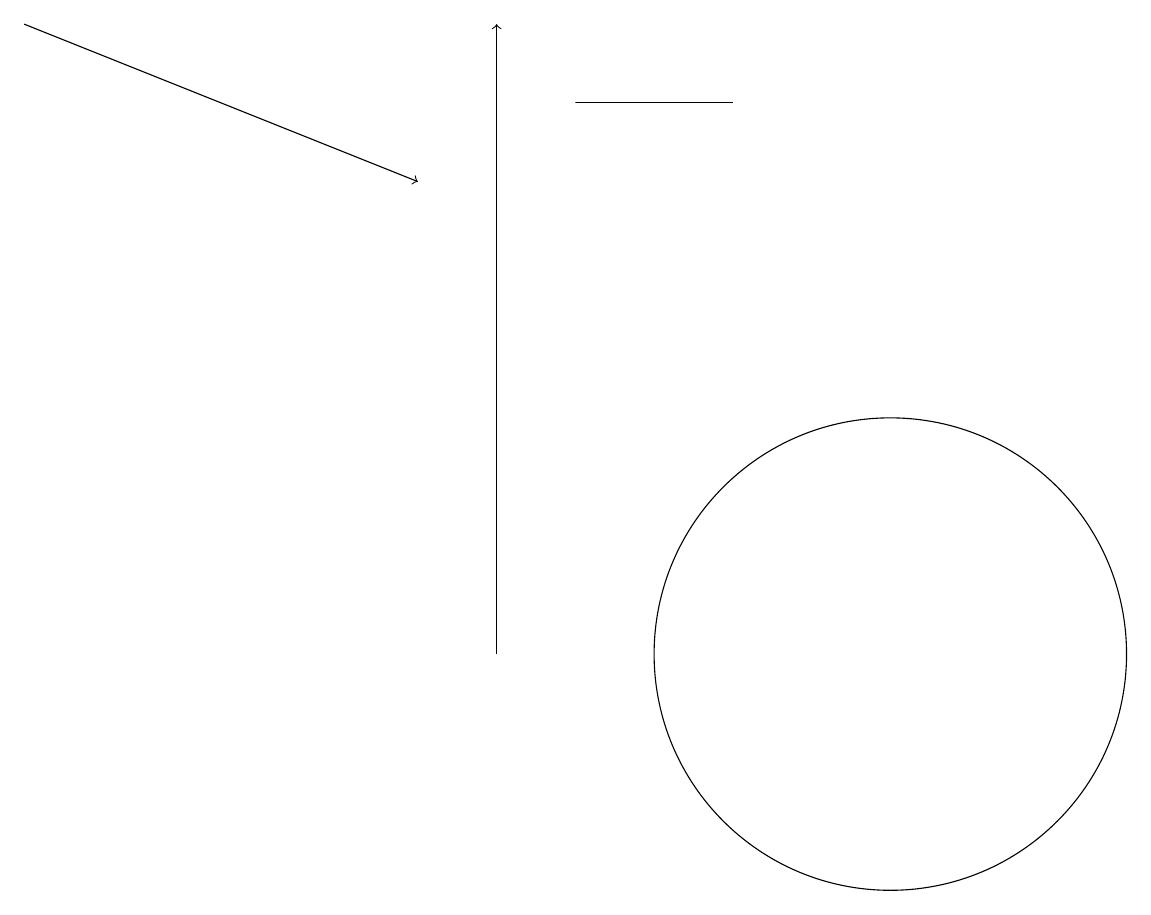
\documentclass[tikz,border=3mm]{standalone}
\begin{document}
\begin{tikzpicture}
\draw (11,11) circle (3);
\draw[->] (0,19) -- (5,17);
\draw (7,18) rectangle (9,18);
\draw[->] (6,11) -- (6,19);
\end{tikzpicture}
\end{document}